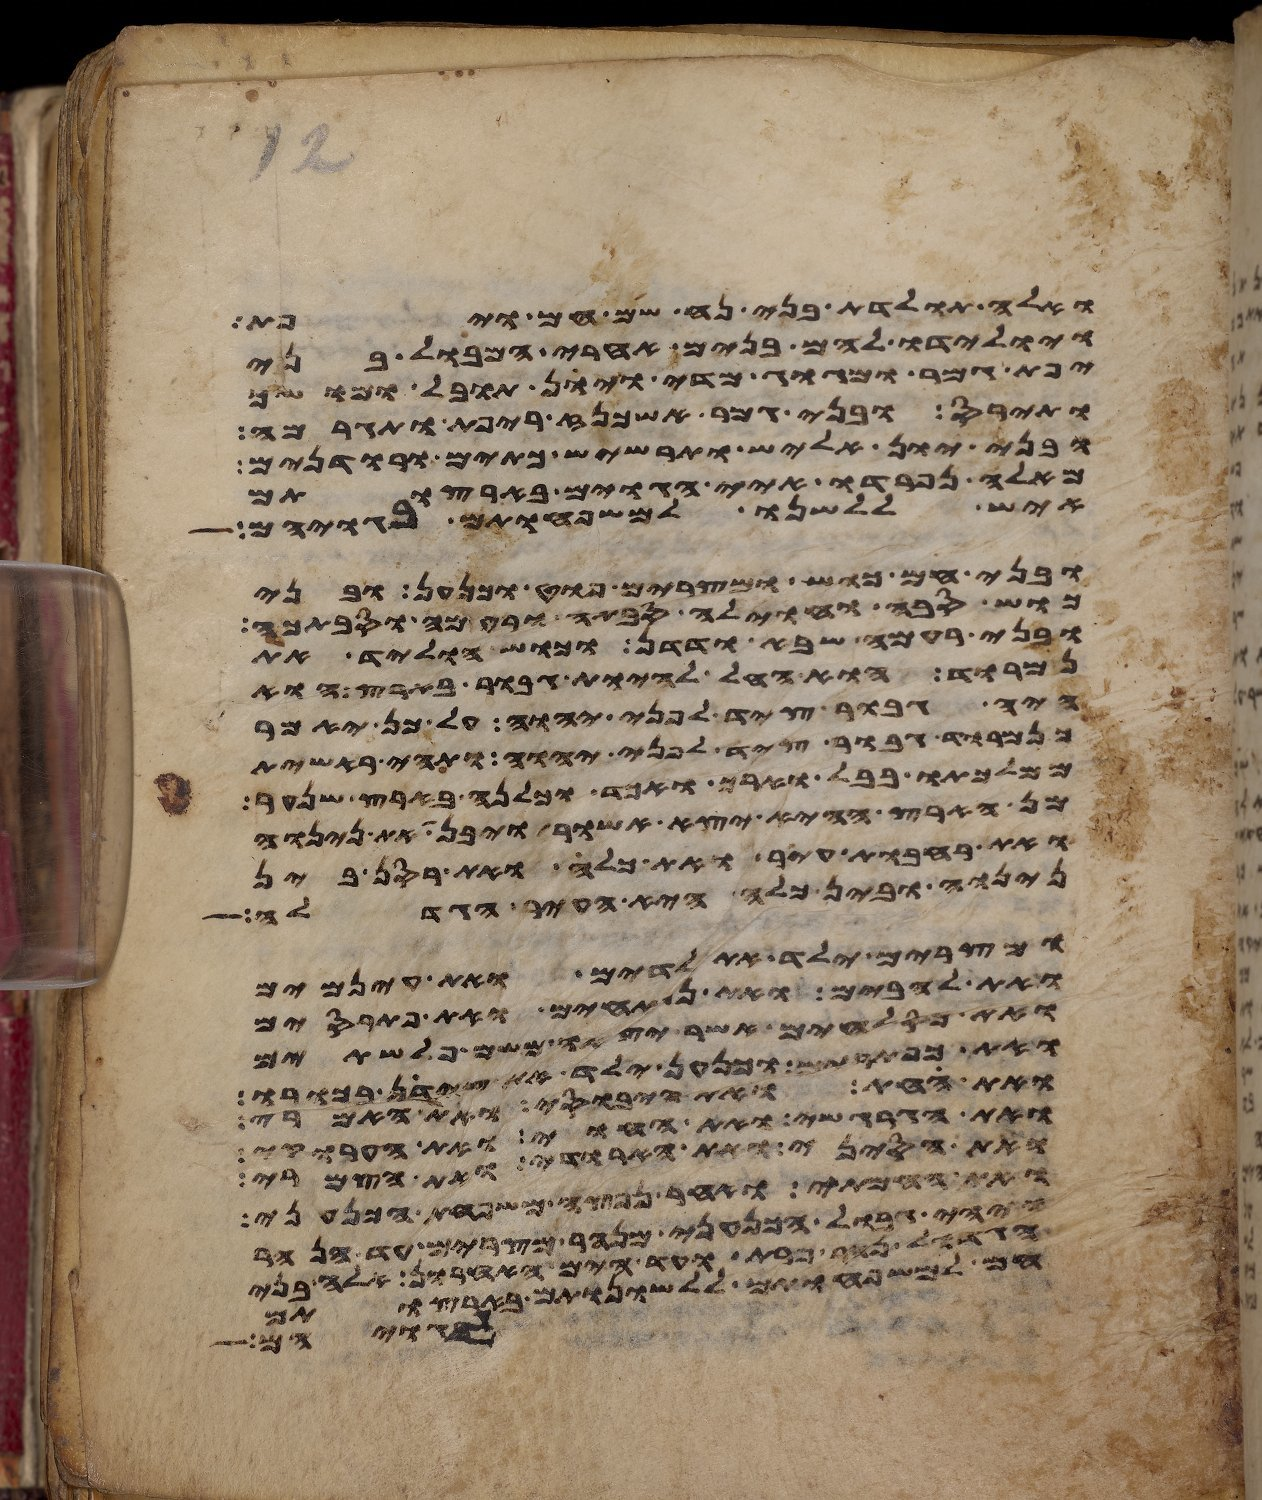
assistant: ואלה תולדת בני נח שם חם ויפת
ויולידו להם בנים אחרי המבול בני
יפת גמר ומגוג מדי ויון תובל מושך
ותירס ובני גמר אשכנז ריפת ותגרמה
ובני יון אליש תרשיש כתים ורודנים
מאלה נפרדו איי הגוים בארצותם
איש ללשנו למשפחותם בגויהם
ובני חם כוש ומצרים פוט וכנען ובני
כוש סבה וחוילה סבתה ורעמה וסבתכה
ובני רעמה שבא ודדן וכוש הוליד את
נמרוד הוא החל להיות גבור בארץ הוא
היה גבור ציד לפני יהוה על כן יאמר
כנמרוד גבור ציד לפני יהוה ותהי ראשית
ממלכתו בבל וארך ואכד וכלנה בארץ שנער
מן הארץ ההיא יצא אשור ויבן את נינוה
ואת רחבות עיר ואת כלח ואת רסן בין
נינוה ובין כלח היא העיר הגדלה
ומצרים ילד את לדים ואת עינמים
ואת להבים ואת נפתחים ואת פתרסים
ואת כסלחים אשר יצאו משם פלשתים
ואת כפתרים וכנען ילד את צידון בכורו
ואת החת ואת היבוסי ואת האמרי
ואת הגרגשי ואת החוי ואת הערוקי
ואת הסיני ואת הארודי ואת הצמרי
ואת החמתי ואחר נפצה משפחת הכנעני
ויהי גבול הכנעני מנהר מצרים עד הנהר
הגדול נהר פרת ועד הים האחרון אלה בני
חם למשפחותם ללשנותם בארצותם
לגויהם